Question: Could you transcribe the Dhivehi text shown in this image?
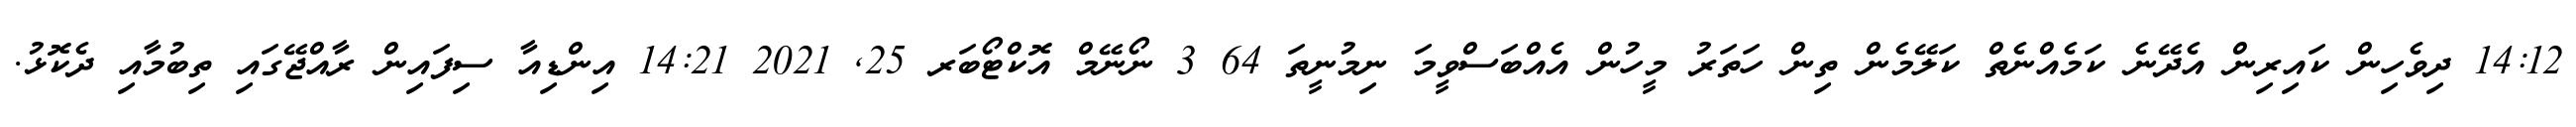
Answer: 14:12 ދިވެހިން ކައިރިން އެދޭނެ ކަމެއްނެތް ކަލޭމެން ތިން ހަތަރު މީހުން އެއްބަސްވީމަ ނިމުނީތަ 64 3 ނޯނޭމް އޮކްޓޯބަރ 25, 2021 14:21 އިންޑިއާ ސިފައިން ރާއްޖޭގައި ތިބުމާއި ދެކޮޅު.